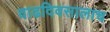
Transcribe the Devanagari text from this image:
वाढदिवसालाच